Welfare of youth, 1939
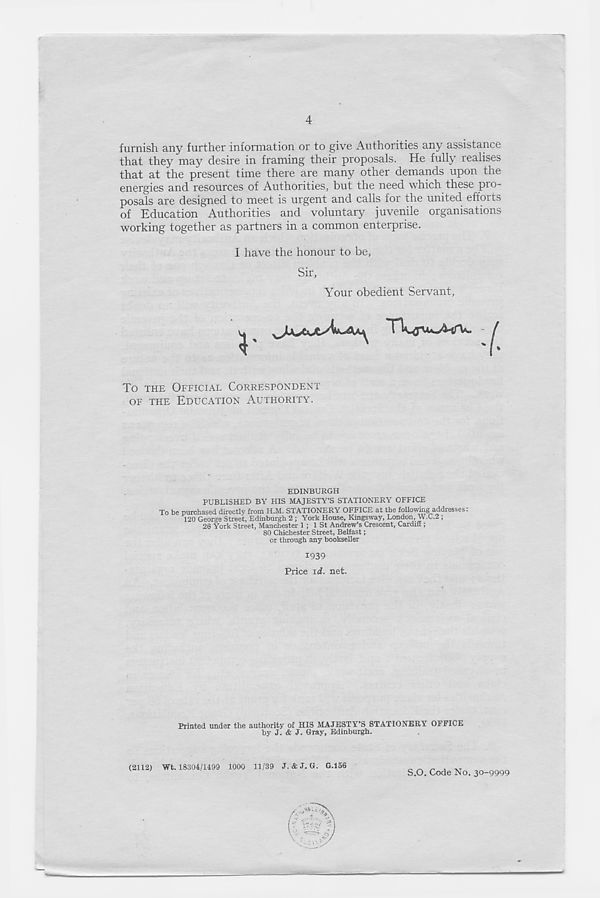
4
furnish any further information or to give Authorities any assistance
that they may desire in framing their proposals. He fully realises
that at the present time there are many other demands upon the
energies and resources of Authorities, but the need which these pro-
posals are designed to meet is urgent and calls for the united efforts
of Education Authorities and voluntary juvenile organisations
working together as partners in a common enterprise.
I have the honour to be,
Sir,
Your obedient Servant,
To THE OFFICIAL CORRESPONDENT
OF THE EDUCATION AUTHORITY.
EDINBURGH
PUBLISHED BY HIS MAJESTY’S STATIONERY OFFICE
To be purchased directly from H.M. STATIONERY OFFICE at the following addresses:
120 George Street, Edinburgh 2 ; York House, Kingsway, London, W.C.2 ;
26 York Street, Manchester 1 ; 1 St Andrew’s Crescent, Caraiff ;
80 Chichester Street, Belfast;
or through any bookseller
1939
Price id. net.
Printed under the authority of HIS MAJESTY’S STATIONERY OFFICE
by J. & J. Gray, Edinburgh.
(2112) Wt. 18304/1499 1000 11/39 J. & J. G. G.156
S.O. Code No. 30-9999